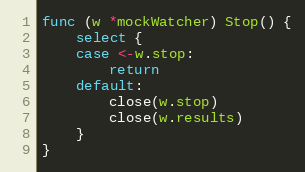
Language: Go
func (w *mockWatcher) Stop() {
	select {
	case <-w.stop:
		return
	default:
		close(w.stop)
		close(w.results)
	}
}